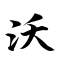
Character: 沃